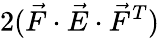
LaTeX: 2(\vec{F}\cdot\vec{E}\cdot\vec{F}^{T})